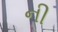
ની